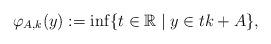
LaTeX: \begin{align*}\varphi_{A,k} (y):= \inf \{t\in{\mathbb{R}} \mid y\in tk + A\}, \end{align*}